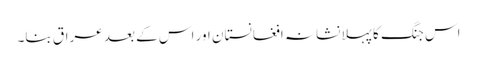
اس جنگ کا پہلا نشانہ افغانستان اور اس کے بعد عراق بنا۔